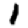
Digit: 1